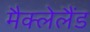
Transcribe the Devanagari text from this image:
मैक्लेलैंड